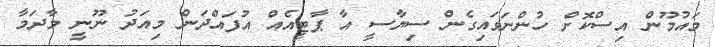
މައުމޫން އިސްކޮށް ހުންނަވައިގެން ސިޔާސީ އާ ޕާޓީއެއް އުފައްދަން މިއަދު ނޫނީ މާދަމާ